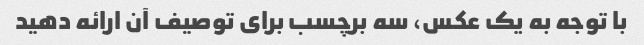
با توجه به یک عکس، سه برچسب برای توصیف آن ارائه دهید